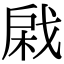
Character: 𢧊